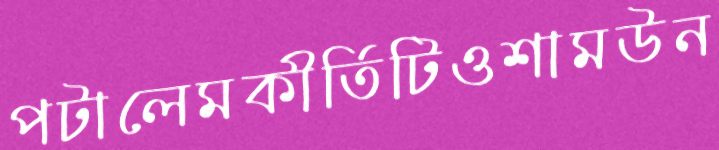
পটালেমকীর্তিটিওশামউন